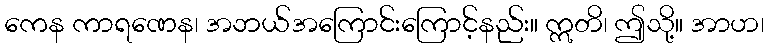
ကေန ကာရဏေန၊ အဘယ်အကြောင်းကြောင့်နည်း။ ဣတိ၊ ဤသို့။ အာဟ၊